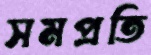
সমপ্রতি